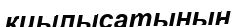
қиылысатынын